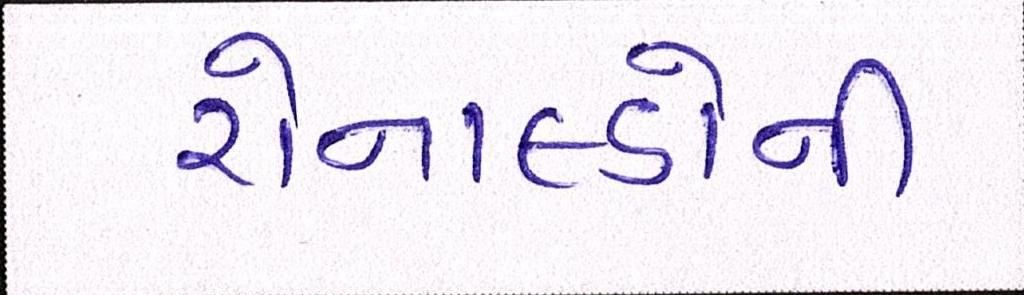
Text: રોનાલ્ડોની